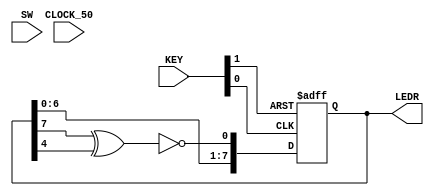
module lfsr8bit(CLOCK_50, KEY, SW, LEDR);

input				 CLOCK_50;
input   [1:0]   KEY;
input   [7:0]   SW;
output  [7:0]   LEDR;

reg     [7:0]   lfsr;

wire            clk = KEY[0];
wire            rst_n = KEY[1];

wire    lfsr_lsb = ~(lfsr[7] ^ lfsr[4]);

assign LEDR = lfsr;

always @(posedge clk, negedge rst_n) begin
    if (~rst_n) begin
        lfsr <= 0;
    end else begin
        lfsr <= {lfsr[6:0], lfsr_lsb};
    end
end

endmodule